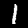
Digit: 1